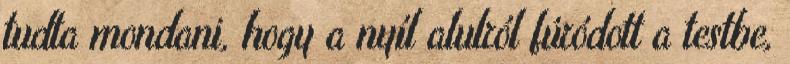
tudta mondani, hogy a nyíl alulról fúródott a testbe,